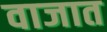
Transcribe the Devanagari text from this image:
वाजात